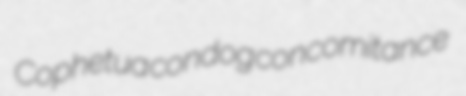
Cophetua condog concomitance